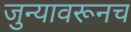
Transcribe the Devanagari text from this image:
जुन्यावरूनच